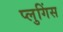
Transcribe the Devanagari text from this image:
प्लुगिंस